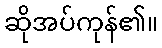
ဆိုအပ်ကုန်၏။